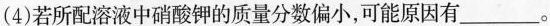
(4)若所配溶液中硝酸钾的质量分数偏小，可能原因有___。